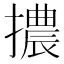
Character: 擃